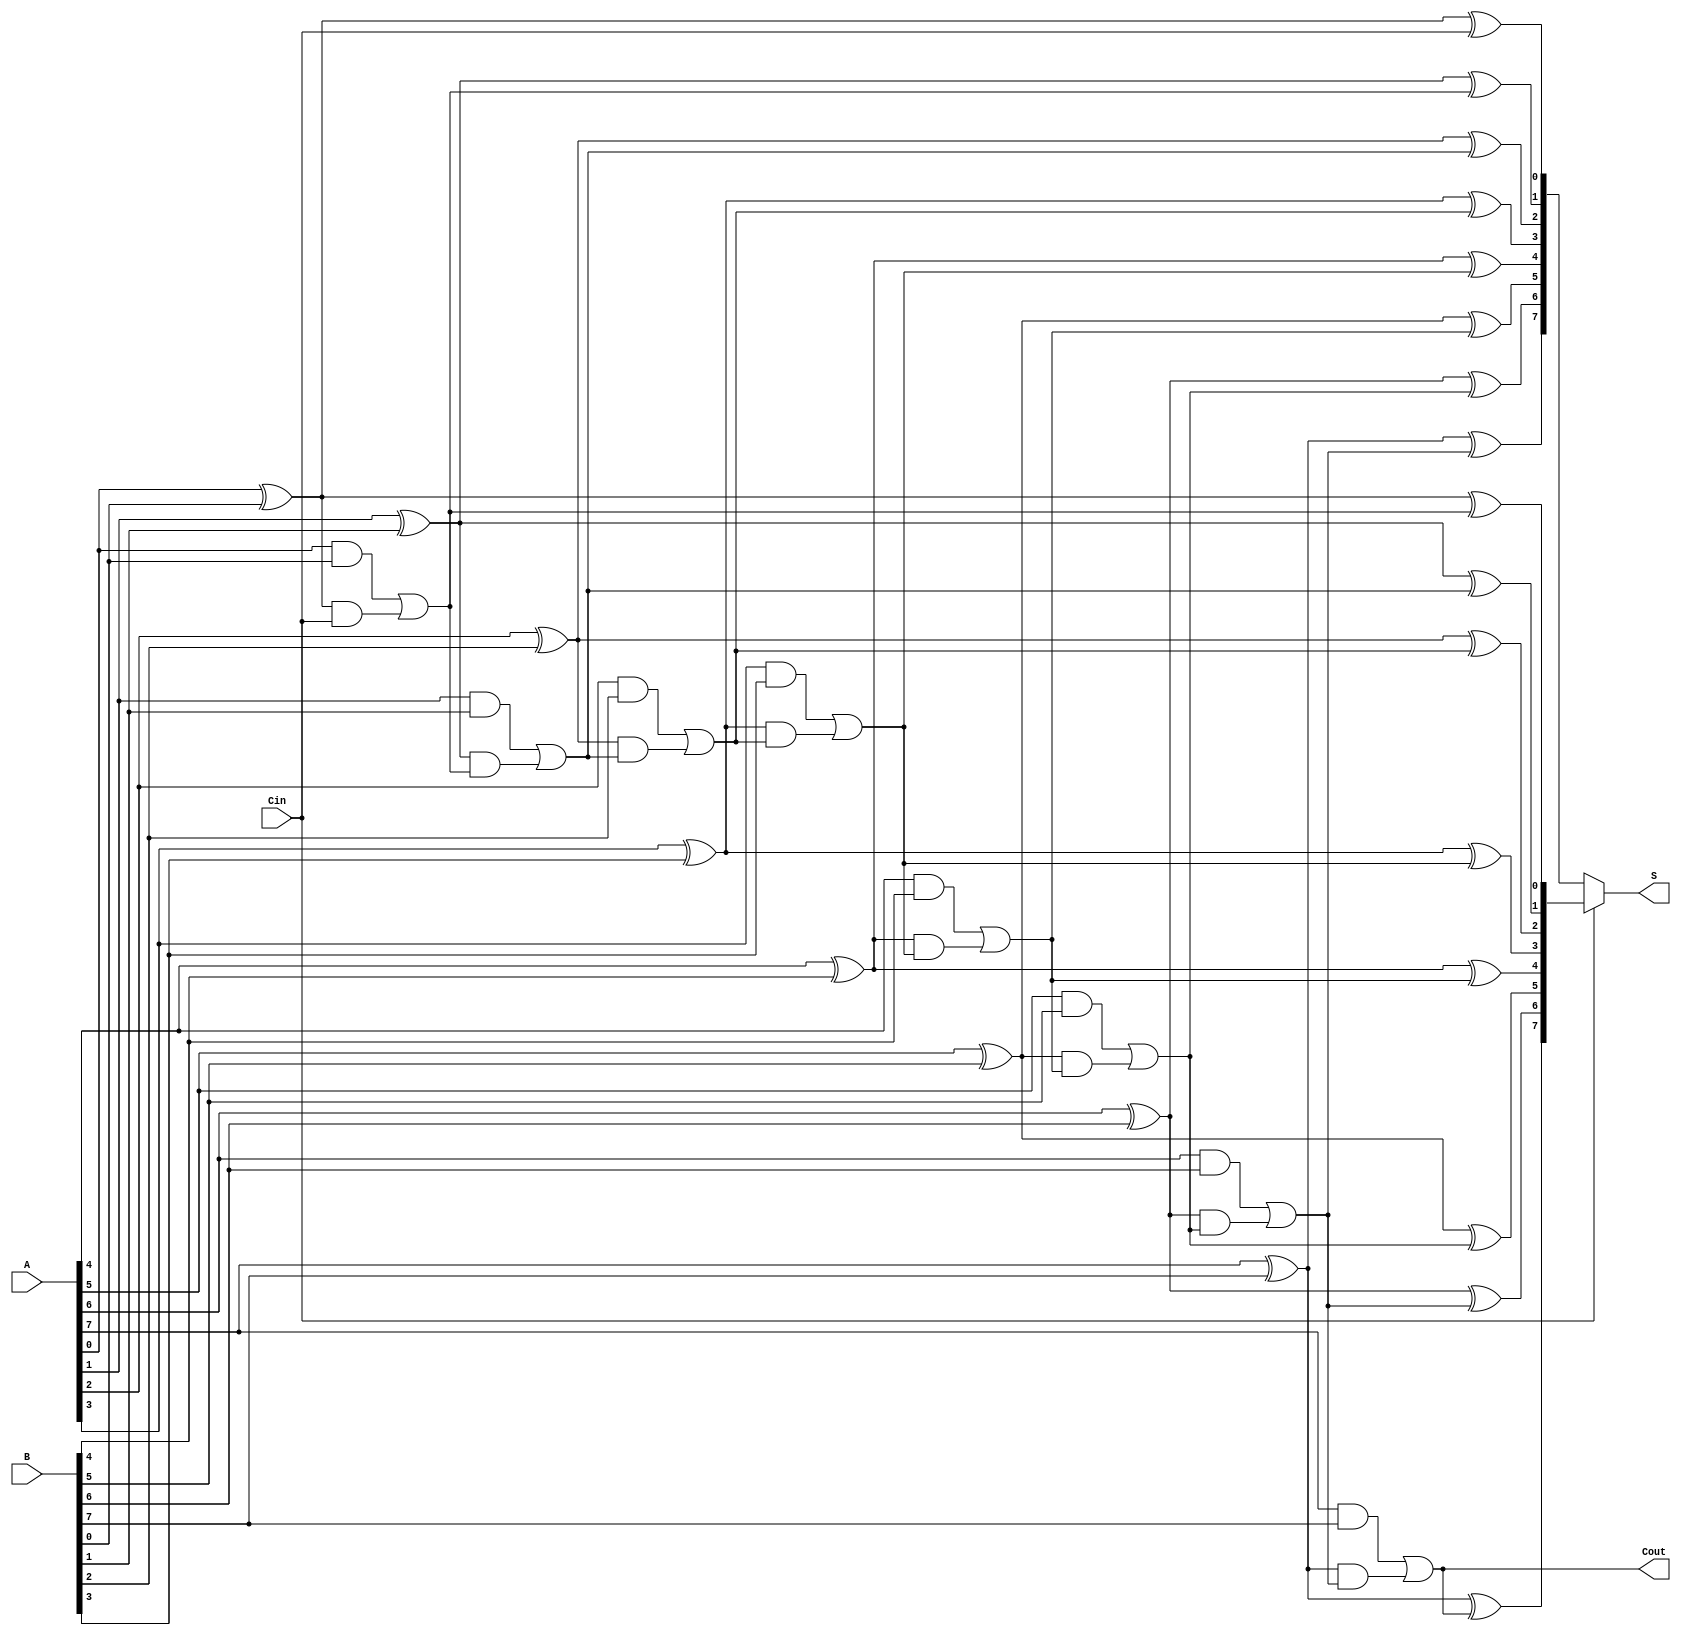
module carry_select_adder #(parameter N = 8) (
    input [N-1:0] A,      // First n-bit input
    input [N-1:0] B,      // Second n-bit input
    input Cin,            // Carry input
    output [N-1:0] S,     // Sum output
    output Cout           // Carry output
);

// Internal signals
wire [N-1:0] S0, S1;        // Sums for Cin = 0 and Cin = 1
wire [N-1:0] G;             // Generate signals
wire [N-1:0] P;             // Propagate signals
wire [N:0] C;               // Carry signals

// Carry lookahead logic
assign C[0] = Cin; // Initial carry input

// Generate and propagate calculations
genvar i;
generate
    for (i = 0; i < N; i = i + 1) begin : gen_propagate
        assign P[i] = A[i] ^ B[i];     // Propagate
        assign G[i] = A[i] & B[i];     // Generate
    end
endgenerate

// Carry computation using lookahead
generate
    for (i = 0; i < N; i = i + 1) begin : carry_calc
        assign C[i + 1] = G[i] | (P[i] & C[i]); // Carry out
    end
endgenerate

// Sum calculations
generate
    for (i = 0; i < N; i = i + 1) begin : sum_calc
        assign S0[i] = P[i] ^ C[i]; // Sum for Cin = 0
        assign S1[i] = P[i] ^ C[i + 1]; // Sum for Cin = 1
    end
endgenerate

// Select the output sum and carry based on the input carry
assign S = Cin ? S1 : S0;
assign Cout = C[N];

endmodule